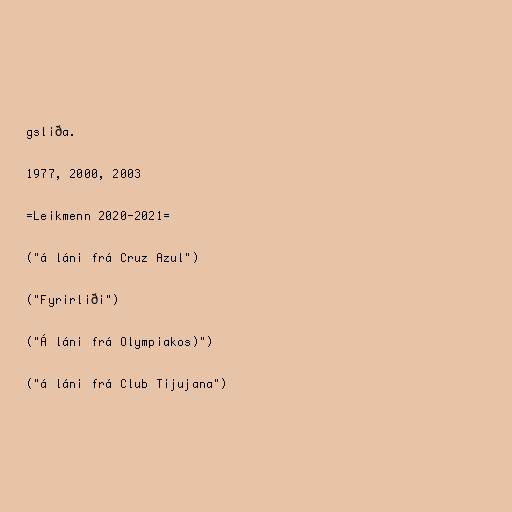
gsliða.

1977, 2000, 2003

=Leikmenn 2020-2021=

("á láni frá Cruz Azul")

("Fyrirliði")

("Á láni frá Olympiakos)")

("á láni frá Club Tijujana")